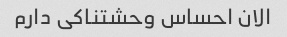
الان احساس وحشتناکی دارم